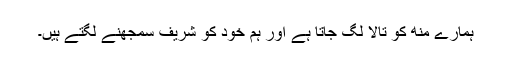
ہمارے منھ کو تالا لگ جاتا ہے اور ہم خود کو شریف سمجھنے لگتے ہیں۔